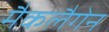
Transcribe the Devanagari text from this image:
मैकलैगेन